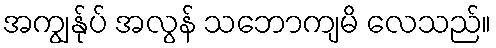
အကျွန်ုပ် အလွန် သဘောကျမိ လေသည်။